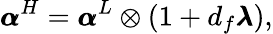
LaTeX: \pmb{\alpha}^{H}=\pmb{\alpha}^{L}\otimes(1+d_{f}\pmb{\lambda}),